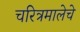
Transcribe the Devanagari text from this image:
चरित्रमालेचे